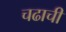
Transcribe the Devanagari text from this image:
चढाची